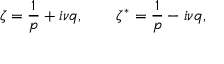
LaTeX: \zeta = \frac { 1 } { p } + i \nu q , ~ ~ ~ ~ ~ ~ \zeta ^ { * } = \frac { 1 } { p } - i \nu q ,